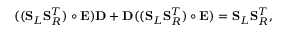
( ( \mathbf { S } _ { L } \mathbf { S } _ { R } ^ { T } ) \circ \mathbf { E } ) \mathbf { D } + \mathbf { D } ( ( \mathbf { S } _ { L } \mathbf { S } _ { R } ^ { T } ) \circ \mathbf { E } ) = \mathbf { S } _ { L } \mathbf { S } _ { R } ^ { T } ,